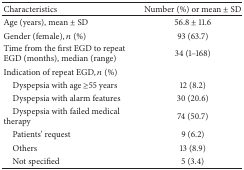
| Characteristics | Number (%) or mean ± SD |
 | --- | --- |
 | Age (years), mean ± SD | 56.8 ± 11.6 |
 | Gender (female), n (%) | 93 (63.7) |
 | Time from the first EGD to repeat EGD (months), median (range) | 34 (1–168) |
 | Indication of repeat EGD, n (%) |  |
 | Dyspepsia with age ≥55 years | 12 (8.2) |
 | Dyspepsia with alarm features | 30 (20.6) |
 | Dyspepsia with failed medical therapy | 74 (50.7) |
 | Patients' request | 9 (6.2) |
 | Others | 13 (8.9) |
 | Not specified | 5 (3.4) |